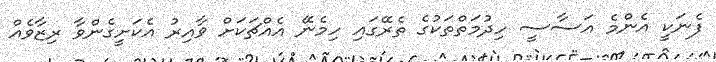
ފެނަކީ އެންމެ އަސާސީ ހިދުމަތްތަކުގެ ތެރޭގައި ހިމެނޭ އެއްޗަކަށް ވާއިރު އެކަށީގެންވާ ރިޒާވެއް